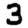
Digit: 3